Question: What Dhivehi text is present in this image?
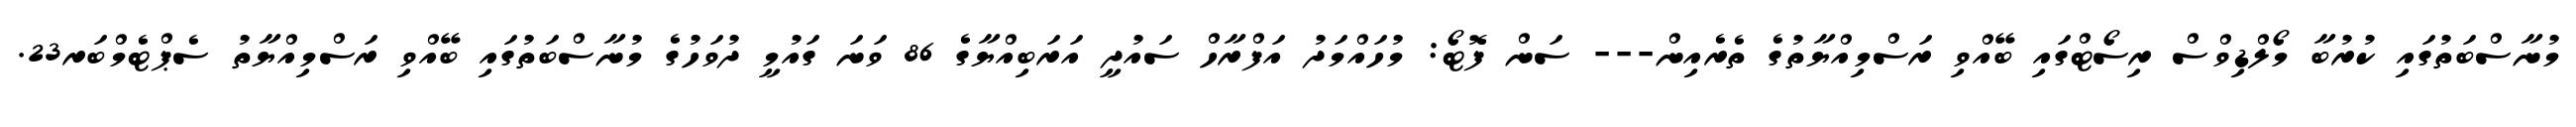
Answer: މުނާސްބަތުގައި ކުރުބާ މޯލްޑިވްސް ރިސޯޓްގައި ބޭއްވި ރަސްމިއްޔާތުގެ ތެރެއިން--- ސަން ފޮޓޯ: މުހައްމަދު އަފްރާހް ސައުދީ އަރަބިއްޔާގެ 86 ވަނަ ގައުމީ ދުވަހުގެ މުނާސްބަތުގައި ބޭއްވި ރަސްމިއްޔާތު ސެޕްޓެމްބަރ23.